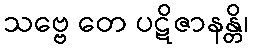
သဗ္ဗေ တေ ပဋိဇာနန္တိ၊